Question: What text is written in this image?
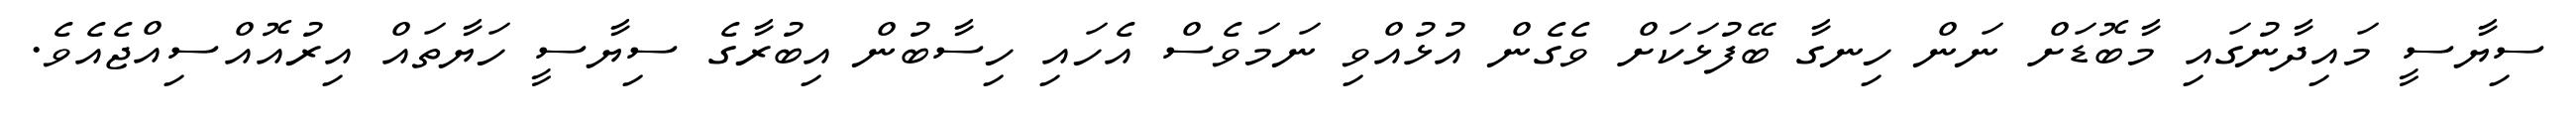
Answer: ސިޔާސީ މައިދާނުގައި މާބޮޑަށް ނަން ހިނގާ ބޭފުޅަކަށް ވެގެން އުޅުއްވި ނަމަވެސް އެހައި ހިސާބުން އިބުރާގެ ސިޔާސީ ހަޔާތައް އިރުއޮއްސިއްޖެއެވެ.